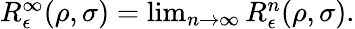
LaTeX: \begin{array}{r}{R_{\epsilon}^{\infty}(\rho,\sigma)=\operatorname*{lim}_{n\rightarrow\infty}R_{\epsilon}^{n}(\rho,\sigma).}\end{array}